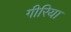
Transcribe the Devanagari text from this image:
गीरिया